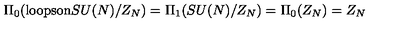
\Pi _ { 0 } ( \mathrm { l o o p s o n } S U ( N ) / Z _ { N } ) = \Pi _ { 1 } ( S U ( N ) / Z _ { N } ) = \Pi _ { 0 } ( Z _ { N } ) = Z _ { N }